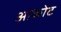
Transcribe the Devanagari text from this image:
आकोट